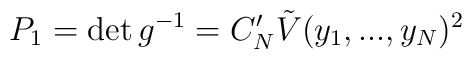
P_1 = \det g^{-1} = C^\prime_N \tilde{V} (y_1,...,y_N)^2